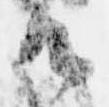
御